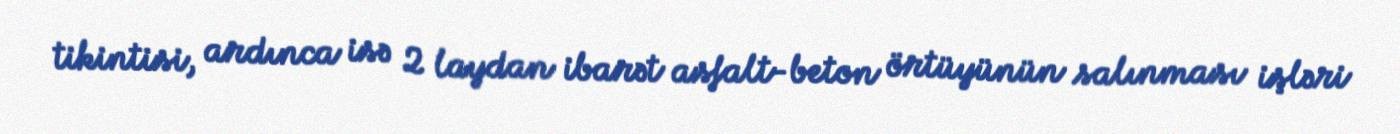
tikintisi, ardınca isə 2 laydan ibarət asfalt-beton örtüyünün salınması işləri